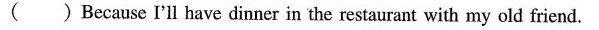
( ) Because I'll have dinner in the restaurant with my old friend.